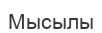
Мысылы